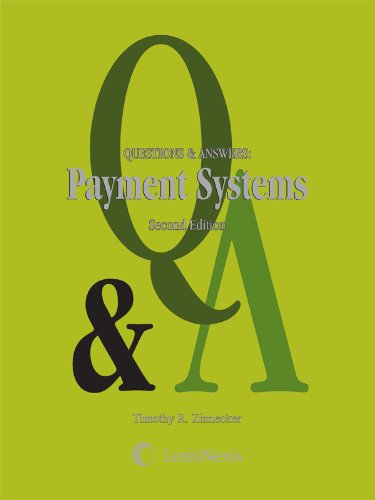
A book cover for Questions and Answers: Payment Systems; Gregory E. Maggs; Law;